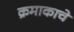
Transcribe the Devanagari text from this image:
क्रमाकाचे